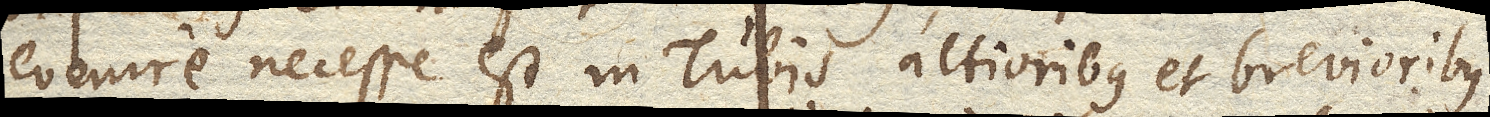
evenire necesse est in Tubis altioribus et brevioribus;